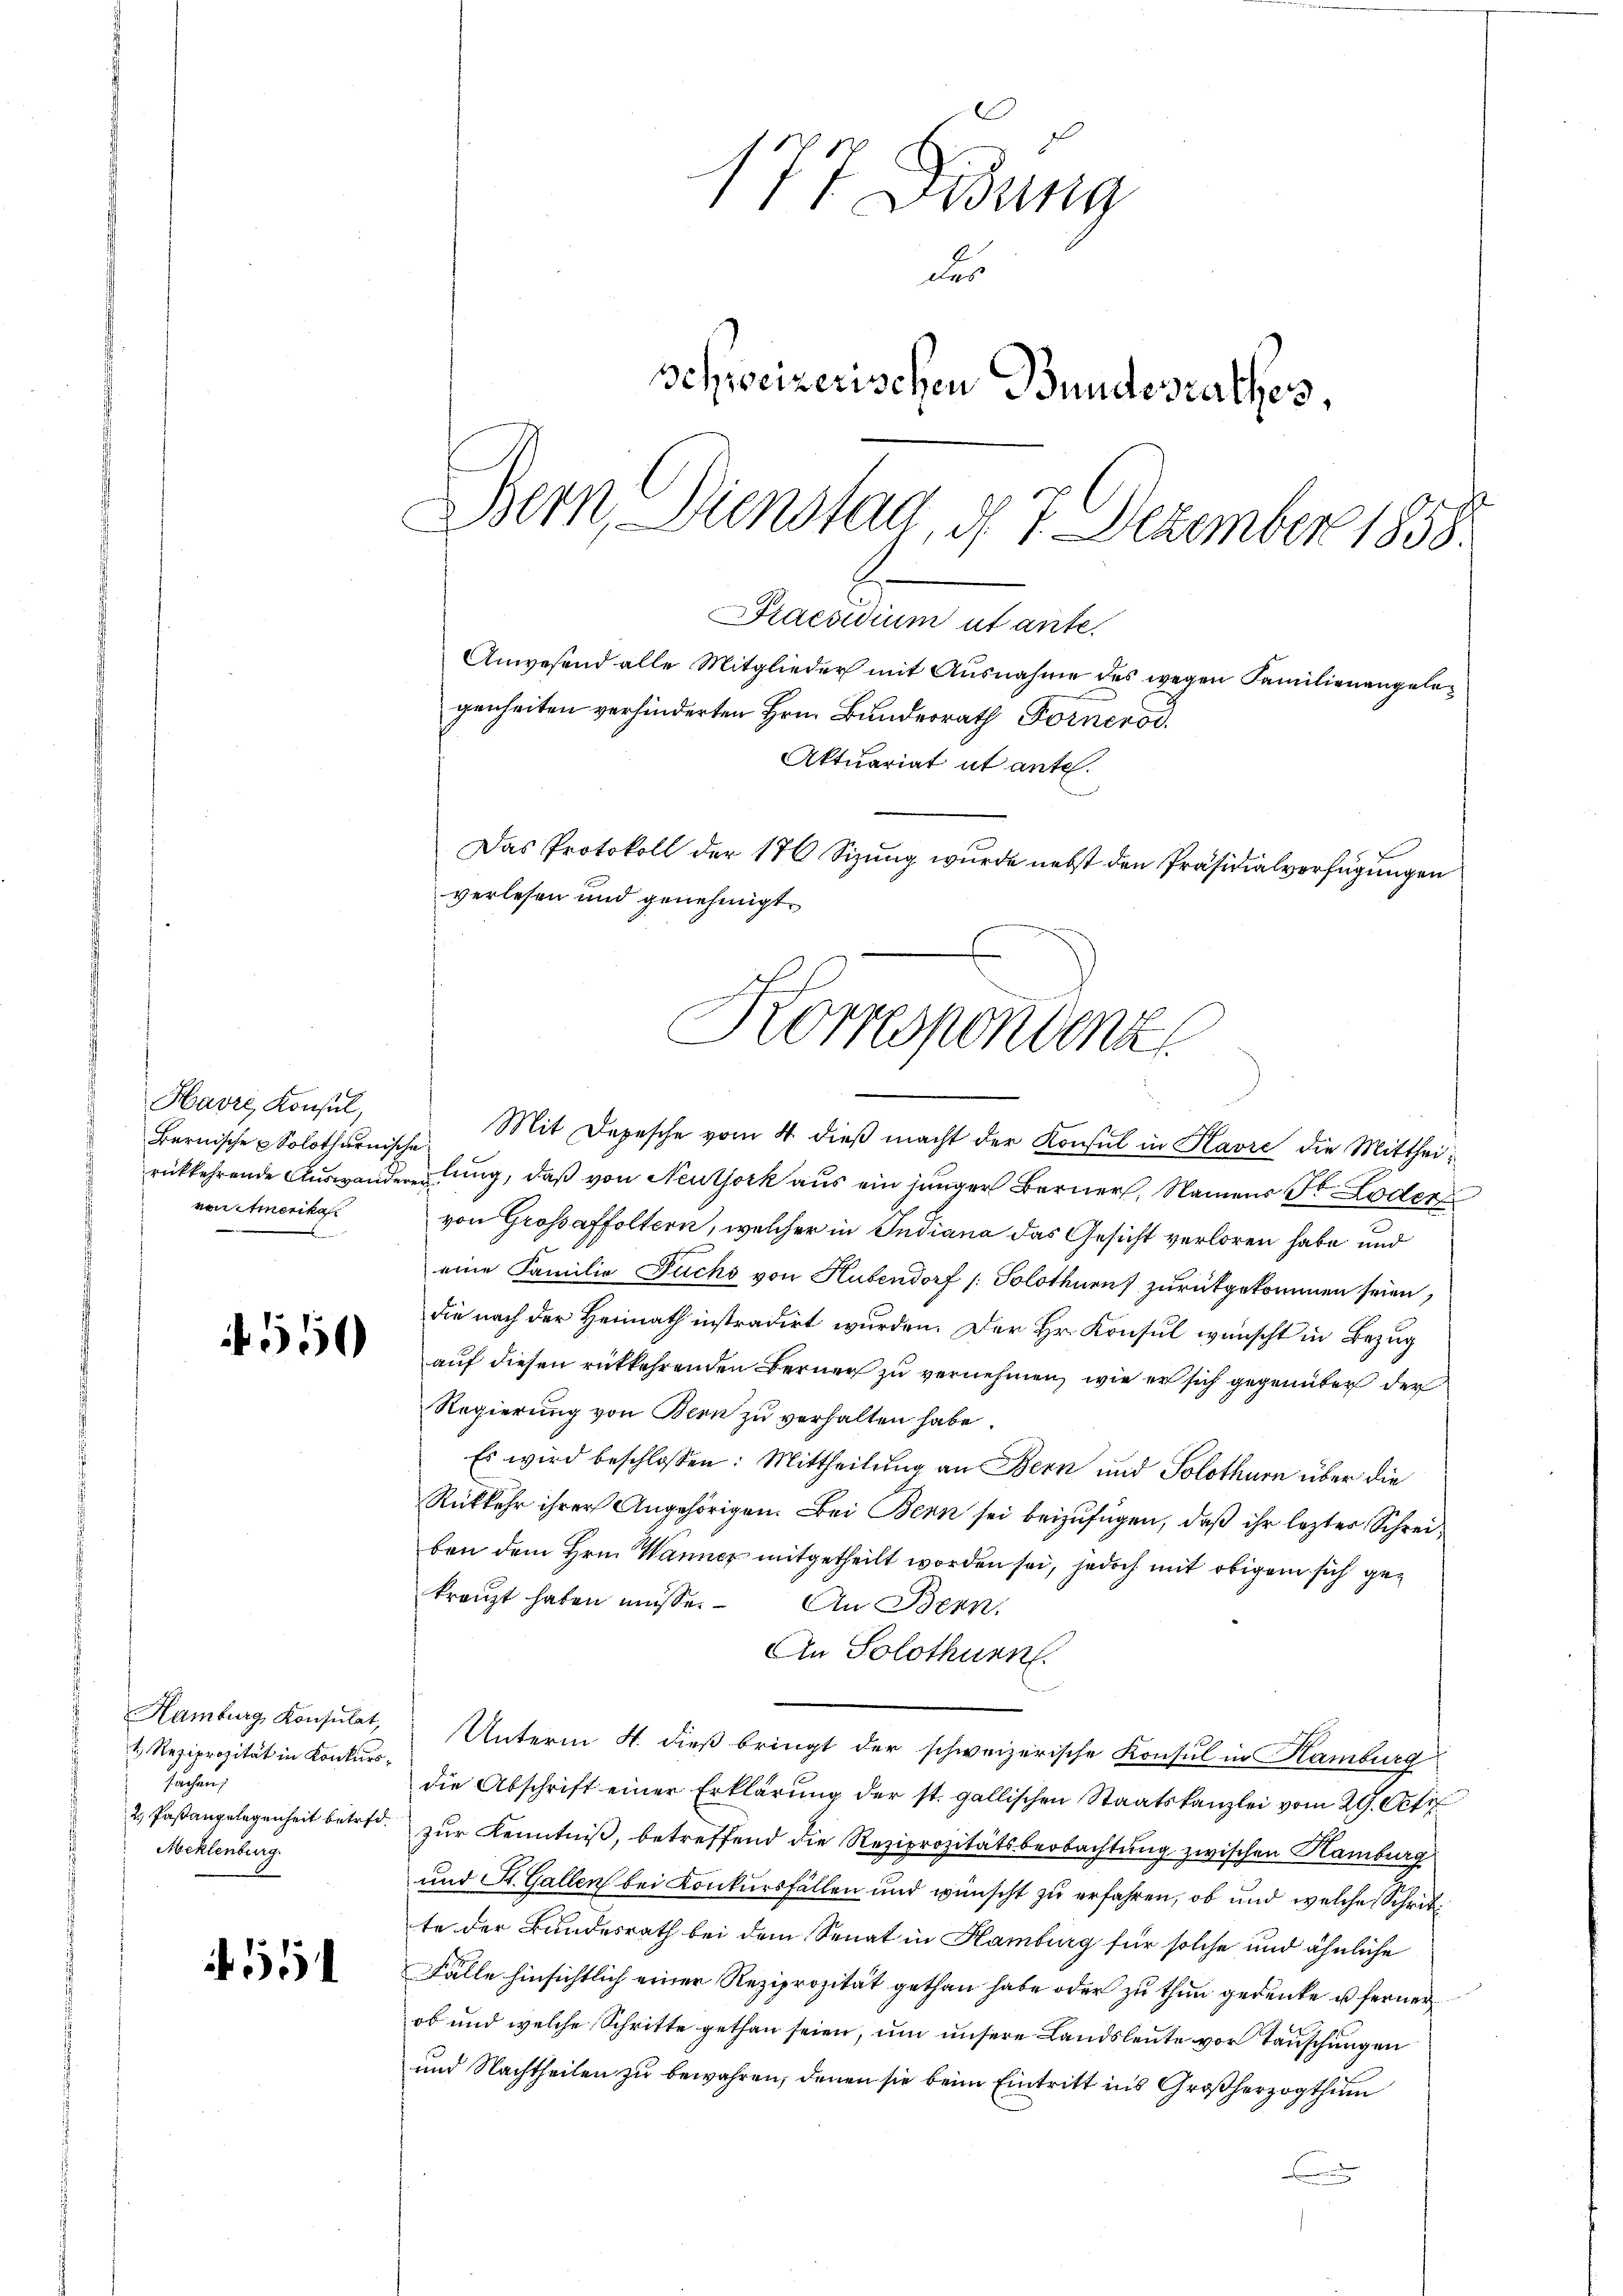
Havre, Konsul,
Bernische Solothurnische
von itmerikas

550

Hamburg, Konsulat,
1 Reziprozität in Konkurs¬
Jahren
Meklenburg.

55

177 Gidung
des
Schweizerischen Bundesrathes,
Bern, Dienstad, d. 7. Dezember 1858.
Praesidium ut ante.

Anwesend alle Mitglieder mit Ausnahme des wegen Familienangelegenheiten verhinderten Hrn. Bundesrath Fornerod
Aktuariat ut ante.
Das Protokoll der 176 Sizung wurde nebst den Präsidialverfügungen
verlesen und genehmigt
Korresponden

.
Mit Depesche vom 4. dieß macht der Konsul in Plavre die Mittheirückkehrende Auswanderendung, daß von Neuthork aus ein junger Berner, Namens Dr Loder
von Grossaffoltern, welcher in Indiana das Gesicht verloren habe und
eine Familie Fuchs von Hubendorf /: Solothurn zurükgekommen seien,
die nach der Heimath instradirt wurden. Der Hr. Konsul wünscht in Bezug
auf diesen rückkehrenden Berner zu vernehmen, wie er sich gegenüber der
Regierung von Bern zu verhalten habe.
Es wird beschlossen: Mittheilung an Bern und Solothurn über die
Rückkehr ihrer Angehörigen. Bei Bern sei beizufügen, daß ihr lezter Schreiben dem Hrn. Wanner mitgetheilt worden sei, jedoch mit obigem sich gekreuzt haben müsse. An Benn
An Solothurn
Unterm 4. dieß bringt der schweizerische Konsul in Hamburg
die Abschrift einer Erklärung der st. gallischen Staatskanzlei vom 29. Octo
2. Pastangelegenheit betr. zur Kenntniß, betreffend die Reziprozitätsbeobachtung zwischen Hamburg
und St. Gallen bei Konkursfällen und wünscht zu erfahren, ob und welche Schritte der Bundesrath bei dem Senat in Hamburg für solche und ähnliche
Fälle hinsichtlich einer Reziprozität gethan habe oder zu thun gedenke u. ferner
ob und welche Schritte gethan seien, um unsere Landsleute vor Tauschungen
und Nachtheilen zu bewahren, denen sie beim Eintritt ins Großherzogthum
e